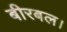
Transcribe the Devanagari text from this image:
बीरबल।